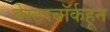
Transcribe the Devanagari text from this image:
वेस्टरबॉर्कहून